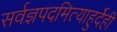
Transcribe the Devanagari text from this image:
सर्वज्ञपदमित्याहुर्देही